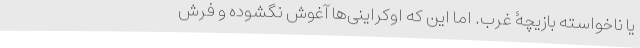
یا ناخواسته بازیچۀ غرب. اما این که اوکراینی‌ها آغوش نگشوده‌ و فرش